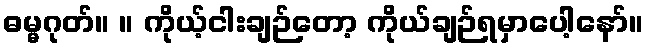
ဓမ္မဂုတ်။ ။ ကိုယ့်ငါးချဉ်တော့ ကိုယ်ချဉ်ရမှာပေါ့နော်။